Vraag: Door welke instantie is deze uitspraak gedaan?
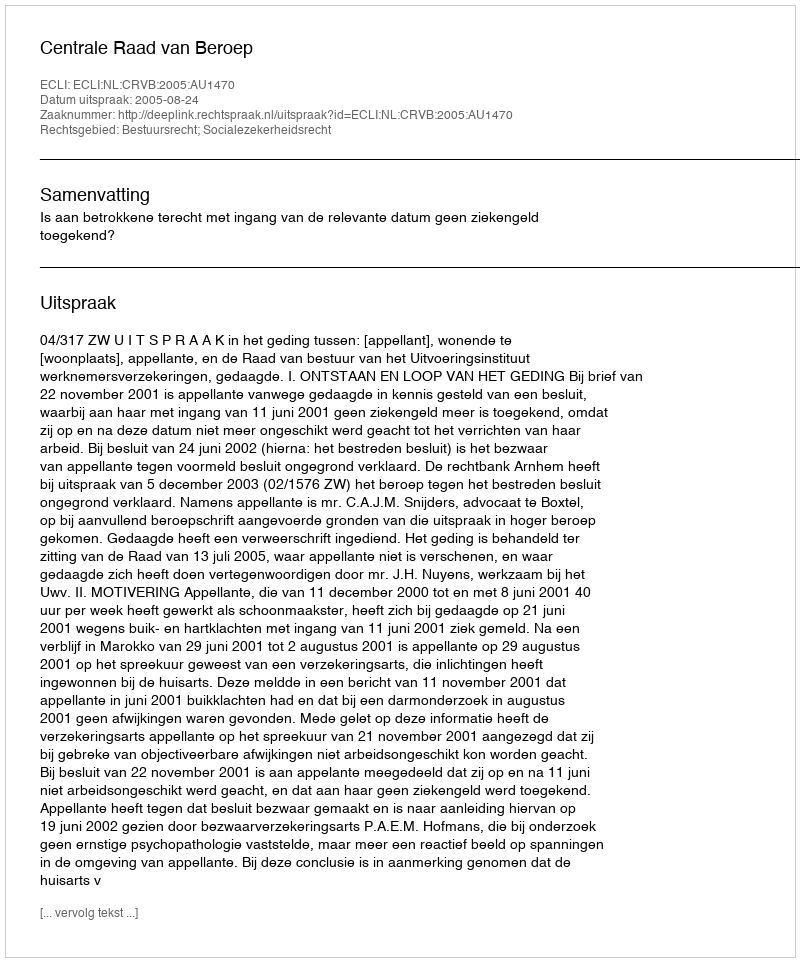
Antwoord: Centrale Raad van Beroep